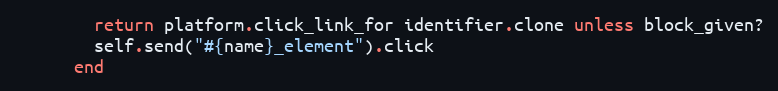
Language: Ruby
        return platform.click_link_for identifier.clone unless block_given?
        self.send("#{name}_element").click
      end